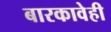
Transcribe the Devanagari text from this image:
बारकावेही